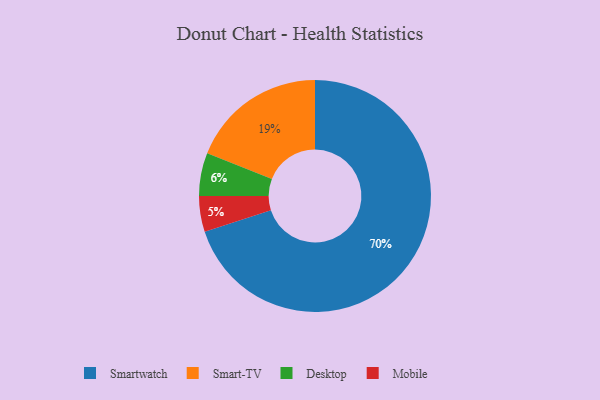
{"axis": {"x": "Category", "y": "Percentage"}, "legend": ["Desktop", "Mobile", "Smart-TV", "Smartwatch"], "data": [{"x": "Smartwatch", "y": 70, "type": "Smartwatch"}, {"x": "Mobile", "y": 5, "type": "Mobile"}, {"x": "Desktop", "y": 6, "type": "Desktop"}, {"x": "Smart-TV", "y": 19, "type": "Smart-TV"}]}